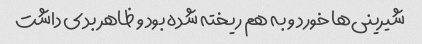
شیرینی‌ها خورد و به هم ریخته شده بود و ظاهر بدی داشت